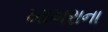
ખાખરાના